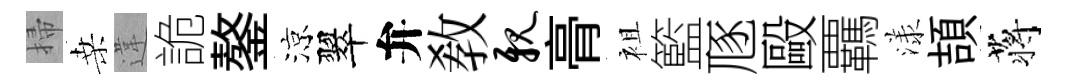
掃桑違詭鏊涼翠弁敎亲𮌔袓籃豗毆覊漾頡蒋